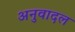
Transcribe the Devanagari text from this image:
अनुवादल